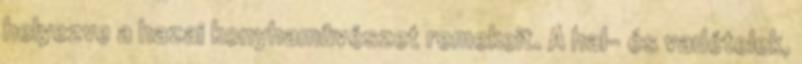
helyezve a hazai konyhamûvészet remekeit. A hal- és vadételek,